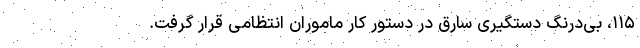
۱۱۵، بی‌درنگ دستگیری سارق در دستور کار ماموران انتظامی قرار گرفت.